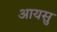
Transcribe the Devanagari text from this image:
आयसु